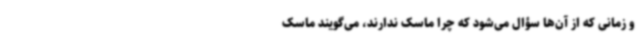
و زمانی که از آن‌ها سؤال می‌شود که چرا ماسک ندارند، می‌گویند ماسک